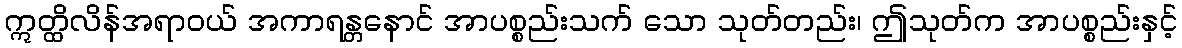
ဣတ္ထိလိန်အရာဝယ် အကာရန္တနောင် အာပစ္စည်းသက် သော သုတ်တည်း၊ ဤသုတ်က အာပစ္စည်းနှင့်